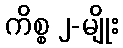
ကိစ္စ ၂-မျိုး